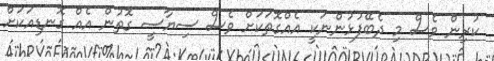
ކުރިން ވެސް މި ދެބޭފުޅުންނަކީ އެއްގޮތަކަށް ވެސް ސިޔާސީ ގޮތުން އެއް ގޮނޑިއަކަށް